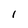
Character: I